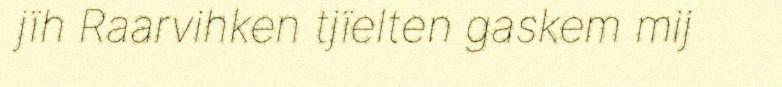
jïh Raarvihken tjïelten gaskem mij